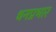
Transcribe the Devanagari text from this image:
धनप्रभार